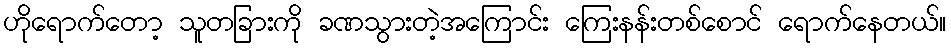
ဟိုရောက်တော့ သူတခြားကို ခဏသွားတဲ့အကြောင်း ကြေးနန်းတစ်စောင် ရောက်နေတယ်။